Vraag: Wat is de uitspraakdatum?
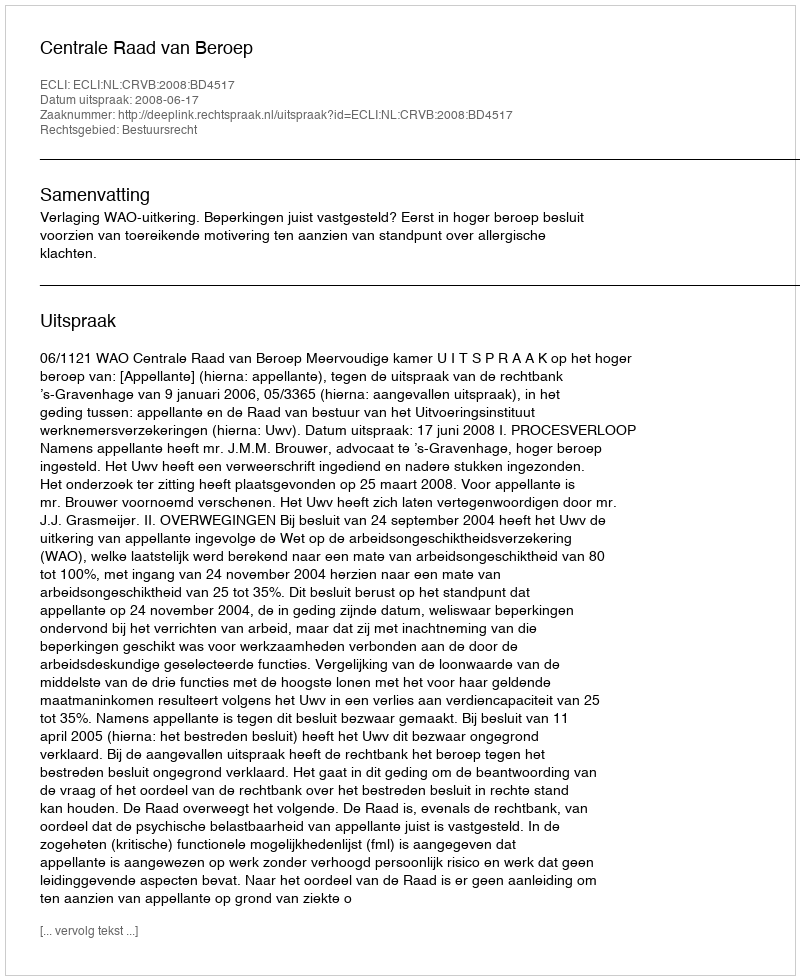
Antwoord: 2008-06-17